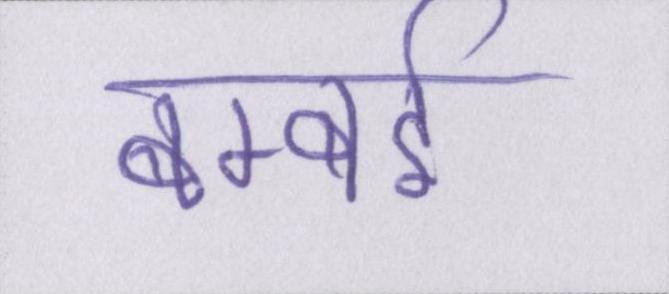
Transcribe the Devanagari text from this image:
बम्बई